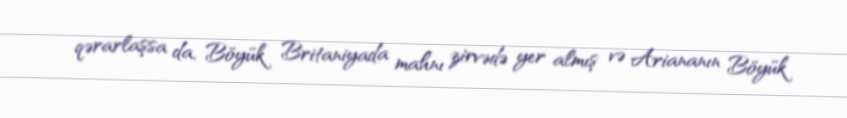
qərarlaşsa da, Böyük Britaniyada mahnı zirvədə yer almış və Ariananın Böyük